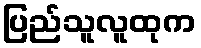
ပြည်သူလူထုက